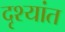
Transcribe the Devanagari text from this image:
दृश्यांत